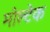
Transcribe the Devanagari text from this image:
मोल्टेक